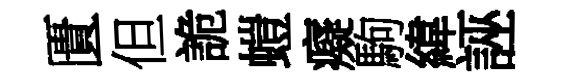
匱但詭螘癡駒緯誣